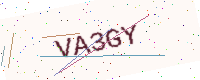
Text: VA3GY